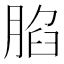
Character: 䐄